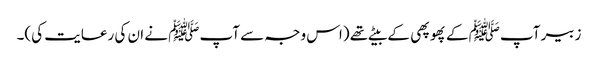
زبیر آپﷺ کے پھوپھی کے بیٹے تھے (اس وجہ سے آپﷺ نے ان کی رعایت کی)۔